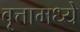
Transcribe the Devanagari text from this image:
वृत्तामध्ये